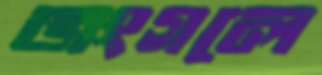
জংগলে